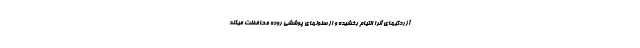
آزردگیهای آنرا التیام بخشیده و از سلولهای پوششی روده محافظت میکند